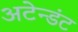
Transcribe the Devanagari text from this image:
अटेन्डंट